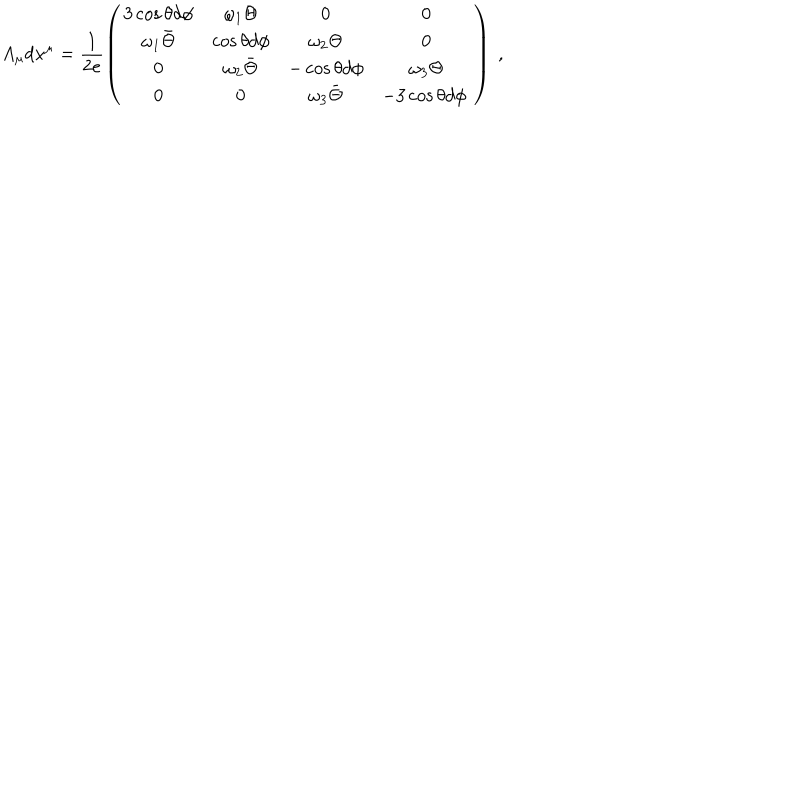
A _ { \mu } d x ^ { \mu } = \frac { 1 } { 2 e } \left( \begin{array} { c c c c } { { 3 \cos \theta d \phi } } & { { \omega _ { 1 } \Theta } } & { { 0 } } & { { 0 } } \\ { { \omega _ { 1 } \bar { \Theta } } } & { { \cos \theta d \phi } } & { { \omega _ { 2 } \Theta } } & { { 0 } } \\ { { 0 } } & { { \omega _ { 2 } \bar { \Theta } } } & { { - \cos \theta d \phi } } & { { \omega _ { 3 } \Theta } } \\ { { 0 } } & { { 0 } } & { { \omega _ { 3 } \bar { \Theta } } } & { { - 3 \cos \theta d \phi \ } } \\ \end{array} \right) \ ,